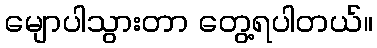
မျောပါသွားတာ တွေ့ရပါတယ်။